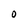
Character: O